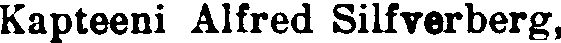
Kapteeni Alfred Silfverberg,